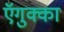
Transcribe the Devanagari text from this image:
ऍगुक्का